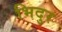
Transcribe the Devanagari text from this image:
भिदुर